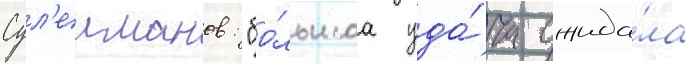
Сул'еиманов: "бо́льшаа уда́ча ожида́ла